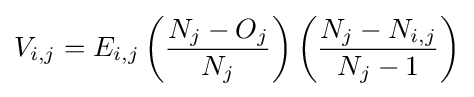
V_{i,j}=E_{i,j}\left({\frac {N_{j}-O_{j}}{N_{j}}}\right)\left({\frac {N_{j}-N_{i,j}}{N_{j}-1}}\right)